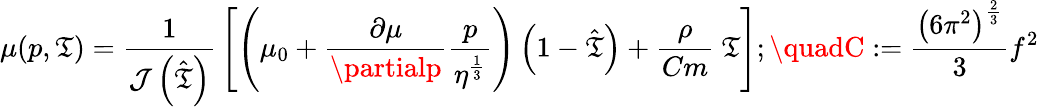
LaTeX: \mu(p,\mathfrak{T})={\frac{{1}}{{{\mathcal{{J}}}\left({\hat{{\mathfrak{T}}}}\right)}}}\left[\left(\mu_{0}+{\frac{{\partial\mu}}{{\partialp}}}{\frac{{p}}{{\eta^{\frac{{1}}{{3}}}}}}\right)\left(1-{\hat{{\mathfrak{T}}}}\right)+{\frac{{\rho}}{{Cm}}}~\mathfrak{T}\right];\quadC:={\frac{{\left(6\pi^{2}\right)^{\frac{{2}}{{3}}}}}{{3}}}f^{2}